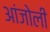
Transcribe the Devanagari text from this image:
आंजोली